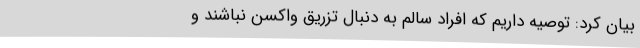
بیان کرد: توصیه داریم که افراد سالم به دنبال تزریق واکسن نباشند و